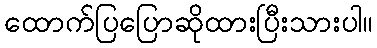
ထောက်ပြပြောဆိုထားပြီးသားပါ။